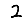
Digit: 2